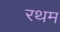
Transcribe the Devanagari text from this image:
रथम